Madras plague regulations in force outside the Presidency town - Volume 3
Disease focus: Plague
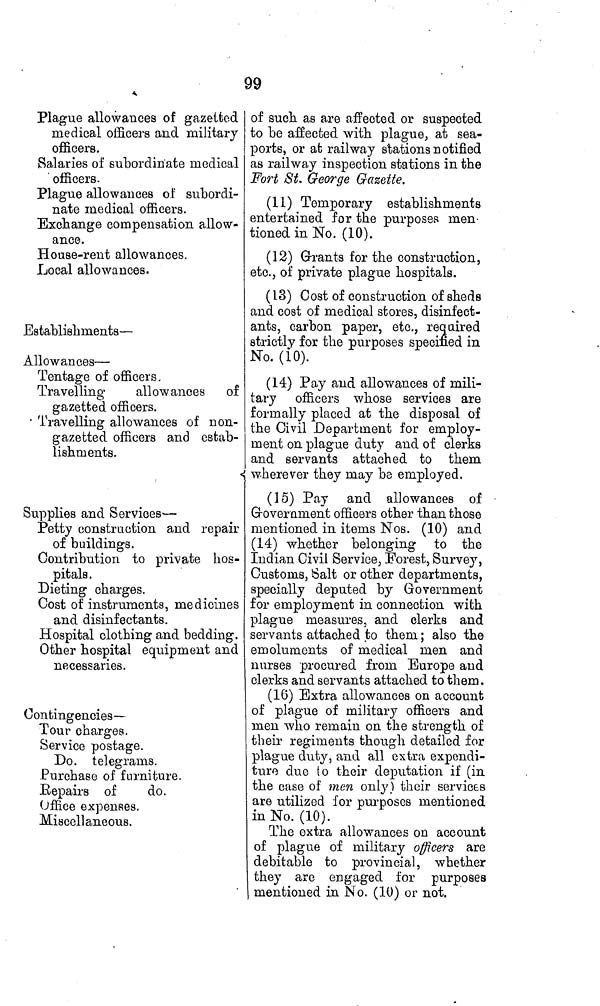
99
Plague allowances of gazetted
medical officers and military
officers.
Salaries of subordinate medical
' officers.
Plague allowances of subordi-
nate medical officers.
Exchange compensation allow-
ance.
House-rent allowances.
Local allowances.
Establishments—
Allowances—
Tentage of officers.
Travelling
allowances of
gazetted officers.
• Travelling allowances of non-
gazetted officers and estab-
lishments.
Supplies and Services-—
Petty construction and repair
of buildings.
Contribution to private hos-
pitals .
Dieting charges.
Cost of instruments, medicines
and disinfectants.
Hospital clothing and bedding.
Other hospital equipment and
necessaries.
Contingencies—
Tour charges.
Service postage.
Do. telegrams.
Purchase of furniture.
Repairs of
do.
Office expenses.
Miscellaneous.
of such as are affected or suspected
to be affected with plague, at sea-
ports, or at railway stations notified
as railway inspection stations in the
Fort St. George Gazette.
(11) Temporary establishments
entertained for the purposes men-
tioned in No. (10).
(12) Grants for the construction,
etc., of private plague hospitals.
( 13) Cost of construction of sheds
and cost of medical stores, disinfect-
ants, carbon paper, etc., required
strictly for the purposes specified in
No. (ÍO).
(14) Pay and allowances of mili-
tary officers whose services are
formally placed at the disposal of
the Civil Department for employ-
ment on plague duty and of clerks
and servants attached to them
wherever they may be employed.
(15) Pay and allowances of
Government officers other than those
mentioned in items Nos. (10) and
(14) whether belonging to the
Indian Civil Service, Forest, Survey,
Customs, Salt or other departments,
specially deputed by Government
for employment in connection with
plague measures, and clerks and
servants attached to them ; also the
emoluments of medical men and
nurses procured from Europe and
clerks and servants attached to them.
(16) Extra allowances on account
of plague of military officers and
men who remain on the strength of
their regiments though detailed for
plague duty, and all extra expendi-
ture duo to their deputation if (in
the case of men only) their services
are utilized for purposes mentioned
in No. (10).
The extra allowances on account
of plague of military officers are
debitable to provincial, whether
they are engaged for purposes
mentioned in No. (10) or not.